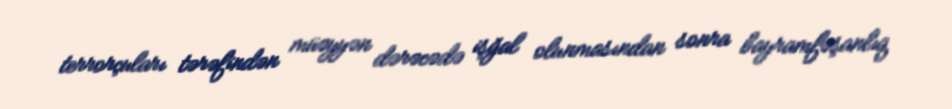
terrorçuları tərəfindən müəyyən dərəcədə işğal olunmasından sonra bayramfəşanlıq